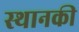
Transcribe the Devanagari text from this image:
स्‍थानकी